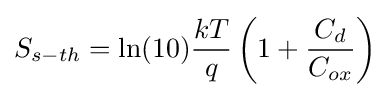
S_{s-th}=\ln(10){kT \over q}\left(1+{C_{d} \over C_{ox}}\right)